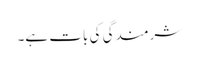
شرمندگی کی بات ہے۔